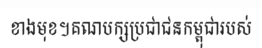
ខាងមុខ។គណបក្សប្រជាជនកម្ពុជារបស់